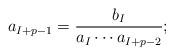
LaTeX: \begin{align*} a_{I+p-1}=\frac{b_I}{a_I\cdots a_{I+p-2}};\end{align*}